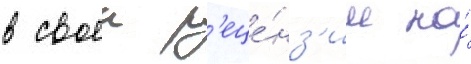
в своеи р'еце́нз'ии на́